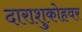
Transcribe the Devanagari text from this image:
दाराशुकोहवर